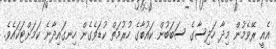
އެއީ ރޭވެމުން މިދާ ހަދިސާގެ ސަބަބުން ކައުބާގެ ހުރުމަތް ކުޑަވެގެން ހިނގައިދާނެ ކަމަށްޓަކައެވެ.